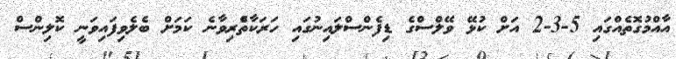
އާއްމުގޮތެއްގައި 5-3-2 އަށް ކުޅޭ ވޭލްސްގެ ޑިފެންސްލައިނުގައި ހަރަކާތްެރިވާނެ ކަމަށް ބެލެވިފައިވަނީ ކޮލިންސް